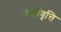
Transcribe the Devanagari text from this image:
वार्तावृत्ति